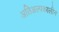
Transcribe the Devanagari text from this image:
अतिअल्पकालीन